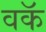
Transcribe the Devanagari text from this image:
वकॅ